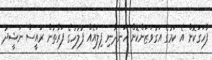
ފާހަގަކޮށް އެ ކަމުގެ އަގުވަޒަންކޮށް ހަނދާނި ފިލައެއް ފުލުހުގެ ފަރާތުން ރައީސް ނަޝީދު